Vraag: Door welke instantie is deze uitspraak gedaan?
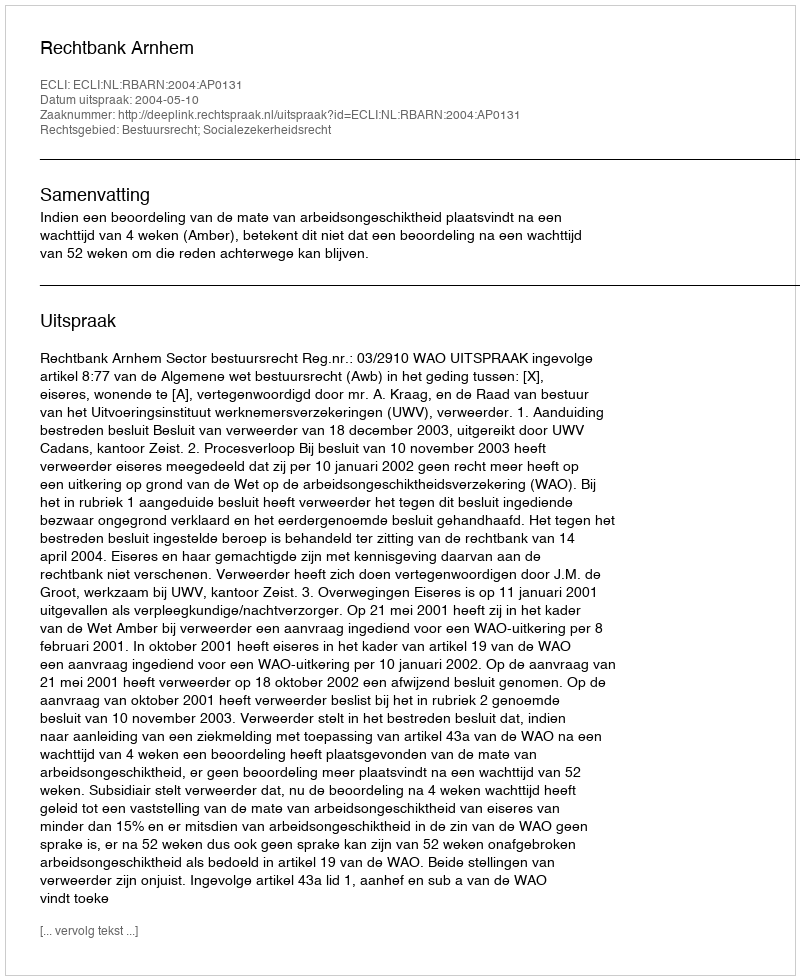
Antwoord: Rechtbank Arnhem